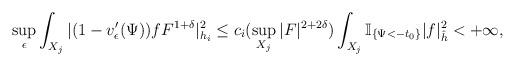
LaTeX: \begin{align*}\sup_{\epsilon}\int_{X_j}|(1-v'_{\epsilon}(\Psi))fF^{1+\delta}|_{h_i}^2\le c_i(\sup_{X_j}|F|^{2+2\delta}) \int_{X_j}\mathbb{I}_{\{\Psi<-t_0\}}|f|_{\hat{h}}^2<+\infty,\end{align*}